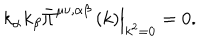
LaTeX: \left. k _ { \alpha } k _ { \beta } \bar { \Pi } ^ { \mu \nu , \alpha \beta } \left( k \right) \right| _ { k ^ { 2 } = 0 } = 0 .